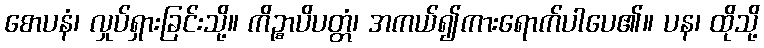
စောပနံ၊ လှုပ်ရှားခြင်းသို့။ ကိဉ္စာပိပတ္တံ၊ အကယ်၍ကားရောက်ပါပေ၏။ ပန၊ ထိုသို့